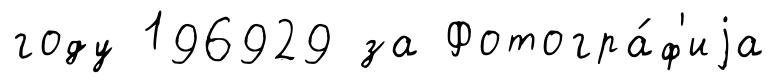
году 196929 за Фотогра́ф'иjа